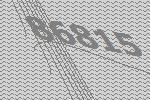
86815